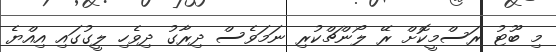
މި ބޫޓު ރަސްމީކޮށް ރޭ ލޯންޗްކުރި ނަމަވެސް ދިރާގު ދިވެހި ލީގުގައި އިއްޔެ